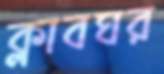
ক্লাবঘর